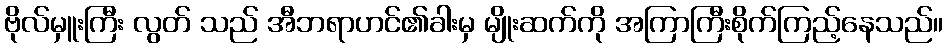
ဗိုလ်မှူးကြီး လွတ် သည် အီဘရာဟင်၏ခါးမှ မျိုးဆက်ကို အကြာကြီးစိုက်ကြည့်နေသည်။